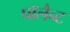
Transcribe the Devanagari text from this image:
पॉलैन्ट